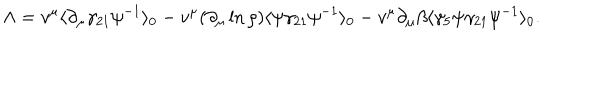
LaTeX: \Lambda = v ^ { \mu } \langle \partial _ { \mu } \gamma _ { 2 1 } \psi ^ { - 1 } \rangle _ { 0 } - v ^ { \mu } ( \partial _ { \mu } \ln { \rho } ) \langle \psi \gamma _ { 2 1 } \psi ^ { - 1 } \rangle _ { 0 } - v ^ { \mu } \partial _ { \mu } \beta \langle \gamma _ { 5 } \psi \gamma _ { 2 1 } \psi ^ { - 1 } \rangle _ { 0 } .